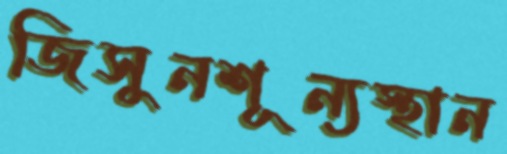
জিসুনশূন্যস্থান